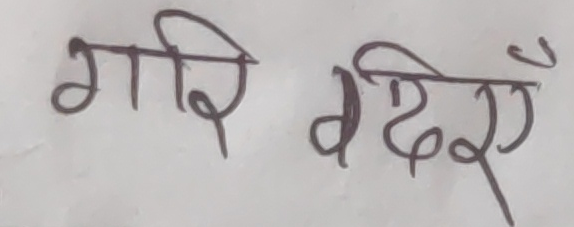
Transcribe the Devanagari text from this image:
गरि वरिएएँ